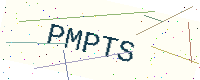
Text: PMPTS